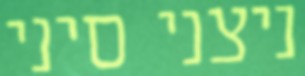
ניצני סיני